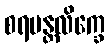
စရမန္တလိက္ခေ